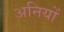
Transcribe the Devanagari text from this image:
अनियों